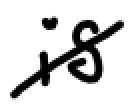
Text: is
Cross-out: diagonal
Writing tool: digital_black